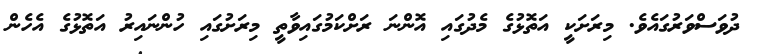
ދުވަސްވަރުގައެވެ. މިރަށަކީ އަތޮޅުގެ މެދުގައި އޮންނަ ރަށްކަމުގައިވާތީ މިރަށުގައި ހުންނައިރު އަތޮޅުގެ އެހެން